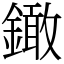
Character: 𨬒